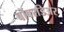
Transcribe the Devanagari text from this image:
बोंबरडिअर